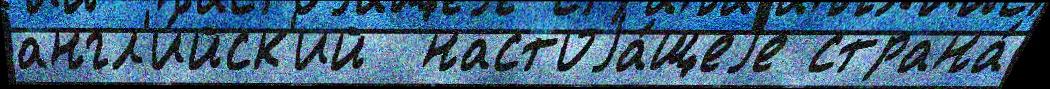
англ'и́йск'ий  настоjа́щеjе страна́